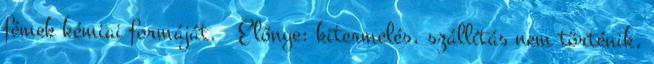
fémek kémiai formáját.  Előnye: kitermelés, szállítás nem történik,